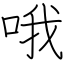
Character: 哦